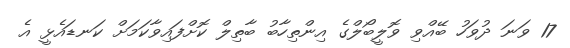
17 ވަނަ ދުވަހު ބޭއްވި ވޮލީބޯލްގެ އިންތިހާބު ބާތިލް ކޮށްފައިވާކަމަށް ކަނޑައެޅީ އެ